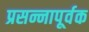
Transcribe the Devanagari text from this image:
प्रसन्नापूर्वक